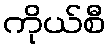
ကိုယ်စီ